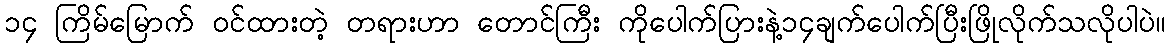
၁၄ ကြိမ်မြောက် ဝင်ထားတဲ့ တရားဟာ တောင်ကြီး ကိုပေါက်ပြားနဲ့၁၄ချက်ပေါက်ပြီးဖြိုလိုက်သလိုပါပဲ။